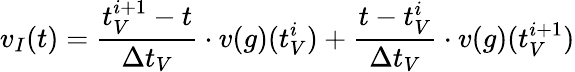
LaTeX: v_{I}(t)=\frac{t_{V}^{i+1}-t}{\Delta t_{V}}\cdot v(g)(t_{V}^{i})+\frac{t-t_{V}^{i}}{\Delta t_{V}}\cdot v(g)(t_{V}^{i+1})